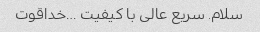
سلام. سریع عالی با کیفیت …خداقوت